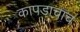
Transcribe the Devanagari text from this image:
कापडाचाच